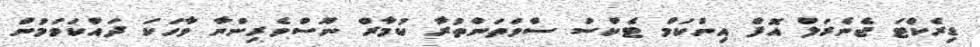
ޑިރެކްޓަ ޖެނެރަލް އޮފް އިންކަމް ޓެކްސް ސްވަތަންތުރާ ކުމާރް ނޫސްވެރިންނާ ވާހަކަ ދައްކަވަމުން